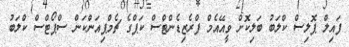
ފައިލް ޕޮލިސް ކްލަބު ބަލިކޮށް ވީއޭއެމް ފްރެޒިޑެންޓްސް ކަޕްގެ ޗެމްޕިއަންކަން ސްޕޯޓްސް ކްލަބު